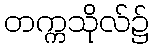
တက္ကသိုလ်၌